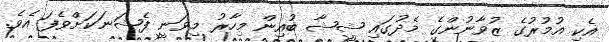
އެކި އުމުރުގެ ޒުވާނުންގެ މެދުގައި ޝީޝާ ބުއިން މިހާރު މިވަނީ ފެޝަނަކަށްވެފަ އެވެ.